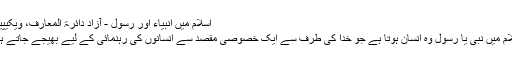
اسلام میں انبیاء اور رسول - آزاد دائرۃ المعارف، ویکیپیڈیا
اسلام میں نبی یا رسول وہ انسان ہوتا ہے جو خدا کی طرف سے ایک خصوصی مقصد سے انسانوں کی رہنمائی کے لیے بھیجے جاتے ہیں۔